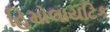
હિમોલાયટિક